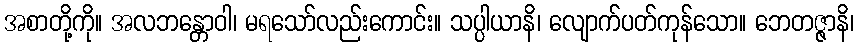
အစာတို့ကို။ အလဘန္တောဝါ၊ မရသော်လည်းကောင်း။ သပ္ပါယာနိ၊ လျောက်ပတ်ကုန်သော။ ဘေတဇ္ဇာနိ၊